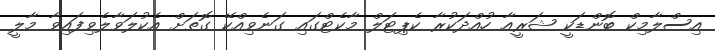
އިސްލާމިކް ބޮންޑަކީ ޝަރީއާ ހުއްދަކުރާ ކެޕިޓަލް މާކެޓްގައި ގަނެވިއްކޭ ގޮތަށް އެކުލަވާލެވިފައިވާ މާލީ